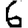
Digit: 6